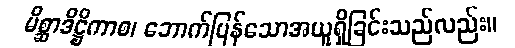
မိစ္ဆာဒိဋ္ဌိကာစ၊ ဘောက်ပြန်သောအယူရှိခြင်းသည်လည်း။